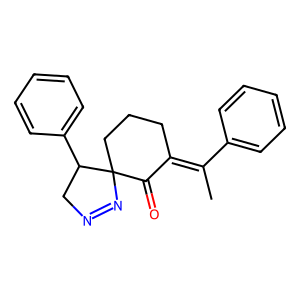
SMILES: CC(=C1CCCC2(N=NCC2c2ccccc2)C1=O)c1ccccc1
Inhibits HIV replication: No